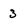
Character: 3